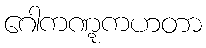
ဂေါကဏ္ဋကဟတာ